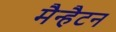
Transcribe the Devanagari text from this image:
मैन्हैटन